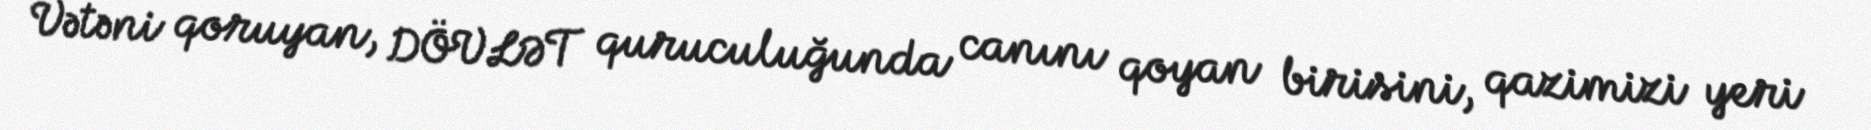
Vətəni qoruyan, DÖVLƏT quruculuğunda canını qoyan birisini, qazimizi yeri